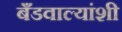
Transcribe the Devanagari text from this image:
बँडवाल्यांशी